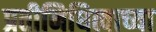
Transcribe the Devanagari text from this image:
प्रतीनिधित्वाच्या